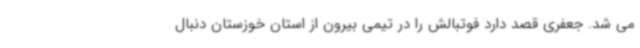
می شد. جعفری قصد دارد فوتبالش را در تیمی بیرون از استان خوزستان دنبال